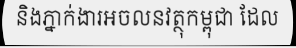
និងភ្នាក់ងារអចលនវត្ថុកម្ពុជា ដែល